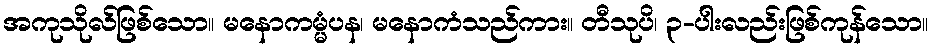
အကုသိုလ်ဖြစ်သော။ မနောကမ္မံပန၊ မနောကံသည်ကား။ တီသုပိ၊ ၃-ပါးလည်းဖြစ်ကုန်သော။